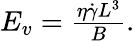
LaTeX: \begin{array}{r}{E_{v}=\frac{\eta\dot{\gamma}L^{3}}{B}.}\end{array}